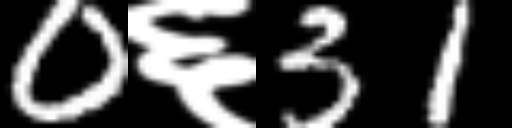
Text: 0६31